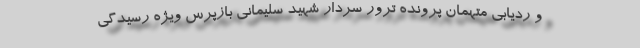
و ردیابی متهمان پرونده ترور سردار شهید سلیمانی بازپرس ویژه رسیدگی